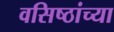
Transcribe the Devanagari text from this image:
वसिष्ठांच्या